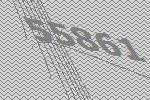
55861